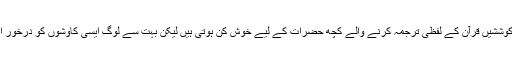
اگرچہ اس طرح کی کوششیں قرآن کے لفظی ترجمہ کرنے والے کچھ حضرات کے لیے خوش کن ہوتی ہیں لیکن بہت سے لوگ ایسی کاوشوں کو درخورِ اعتناء نہیں سمجھتے ۔